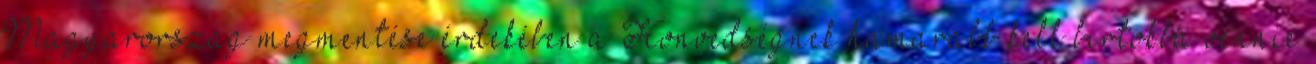
Magyarország megmentése érdekében a Honvédségnek hamarabb kell birtokba vennie